Vaccination in the Punjab 1905-1918 - 1905-1918
Year: 1905
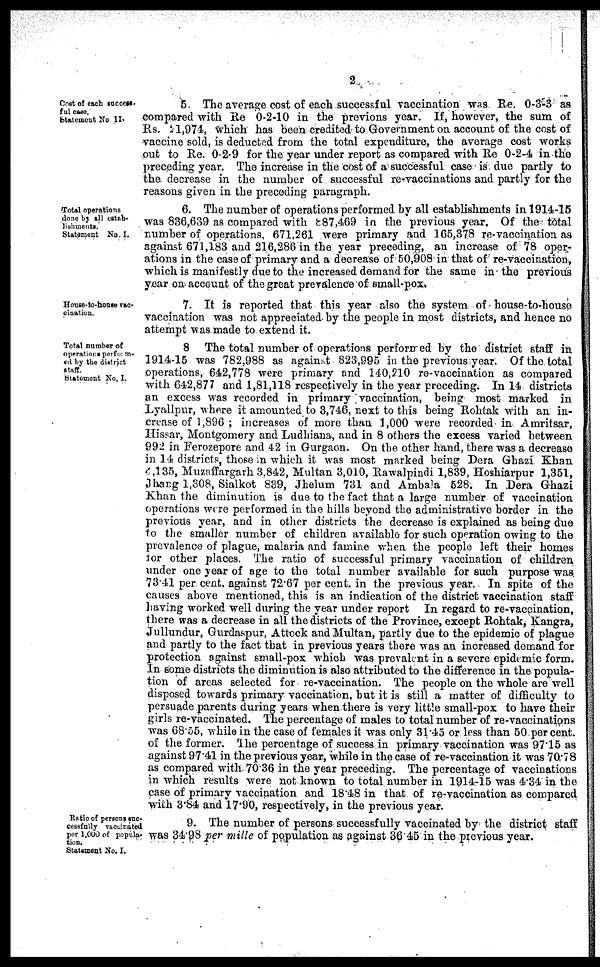
2
Cost of each success¬
ful
case.
Statement No II.
5. The average cost of each successful vaccination was Re. 0-3-3 as
compared with Re 0-2-10 in the previons year. If, however, the sum of
Rs. 21,974, Which has been credited to Government on account of the cost of
vaccine sold, is deducted from the total expenditure, the average cost works
out to Re. 0-2-9 for the year under report as compared with Re 0-2-4 in the
preceding year. The increase in the cost of a successful case is due partly to
the decrease in the number of successful re-vaccinations and partly for the
reasons given in the preceding paragraph.
Total operations
done by all estab¬
lishments.
Statement No. I.
6. The number of operations performed by all establishments in 1914-15
was 836,639 as compared with 887,469 in the previous year. Of the total
number of operations, 671,261 were primary and 165,378 re-vaccination as
against 671,183 and 216,286 in the year preceding, an increase of 78 oper-
ations in the case of primary and a decrease of 50,908 in that of re-vaccination,
which is manifestly due to the increased demand for the same in the previous
year on account of the great prevalence of small-pox.
House-to-house vac¬
cination.
7. It is reported that this year also the system of house-to-house
vaccination was not appreciated by the people in most districts, and hence no
attempt was made to extend it.
Total number of
operations perform-
erd by the district
staff.
Statement No. I.
8 The total number of operations performed by the district staff in
1914-15 was 782,988 as against 823,995 in the previous year. Of the total
operations, 642,778 were primary and 140,210 re-vaccination as compared
with 642,877 and 1,81,118 respectively in the year preceding. In 14 districts
an excess was recorded in primary vaccination, being most marked in
Lyallpur, where it amounted to 3,746, next to this being Rohtak with an in-
crease of 1,896 ; increases of more than 1,000 were recorded in Amritsar,
Hissar, Montgomery and Ludhiana, and in 8 others the excess varied between
992 in Ferozepore and 42 in Gurgaon. On the other hand, there was a decrease
in 14 districts, those in which it was most marked being Dera Ghazi Khan
4,135, Muzaffargarh 3,842, Multan 3,010, Rawalpindi 1,839, Hoshiarpur 1,351,
Jhang 1,308, Sialkot 839, Jhelum 731 and Ambala 528. In Dera Ghazi
Khan the diminution is due to the fact that a large number of vaccination
operations were performed in the hills beyond the administrative border in the
previous year, and in other districts the decrease is explained as being due
to the smaller number of children available for such operation owing to the
prevalence of plague, malaria and famine when the people left their homes
for other places. The ratio of successful primary vaccination of children
under one year of age to the total number available for such purpose was
73.41 per cent. against 72.67 per cent. in the previous year. In spite of the
causes above mentioned, this is an indication of the district vaccination staff
having worked well during the year under report In regard to re-vaccination,
there was a decrease in all the districts of the Province, except Rohtak, Kangra,
Jullundur, Gurdaspur Attock and Multan, partly due to the epidemic of plague
and partly to the fact that in previous years there was an increased demand for
protection against small-pox which was prevalent in a severe epidemic form.
In some districts the diminution is also attributed to the difference in the popula-
tion of areas selected for re-vaccination. The people on the whole are well
disposed towards primary vaccination, but it is still a matter of difficulty to
persuade parents during years when there is very little small-pox to have their
girls re-vaccinated. The percentage of males to total number of re-vaccinations
was 68.55, while in the case of females it was only 31.45 or less than 50 per cent.
of the former. The percentage of success in primary vaccination was 97.15 as
against 97.41 in the previous year, while in the case of re-vaccination it was 70.78
as compared with 70.36 in the year preceding. The percentage of vaccinations
in which results were not known to total number in 1914-15 was 4.34 in the
case of primary vaccination and 18.48 in that of re-vaccination as compared
with 3.84 and 17.90, respectively, in the previous year.
Ratio of persons suc¬
cessfully vaccinated
per 1,000 of popula-
tion.
Statement No. I.
9. The number of persons successfully vaccinated by the district staff
was 34.98 per mille of population as against 36 45 in the previous year.